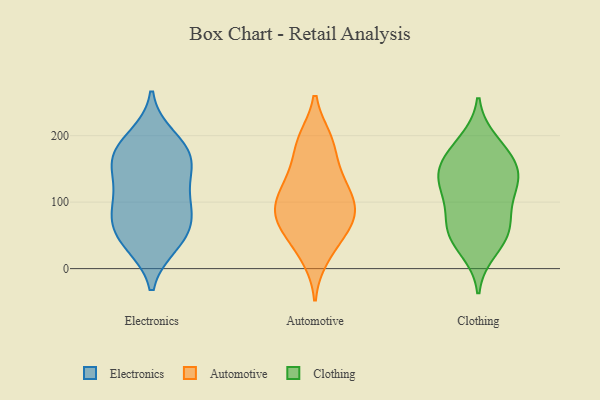
{"axis": {"x": "Humidity (%)", "y": "Value"}, "legend": ["Automotive", "Clothing", "Electronics"], "data": [{"x": "", "y": 149, "type": "Electronics"}, {"x": "", "y": 177, "type": "Electronics"}, {"x": "", "y": 179, "type": "Electronics"}, {"x": "", "y": 43, "type": "Electronics"}, {"x": "", "y": 104, "type": "Electronics"}, {"x": "", "y": 118, "type": "Electronics"}, {"x": "", "y": 37, "type": "Electronics"}, {"x": "", "y": 164, "type": "Electronics"}, {"x": "", "y": 156, "type": "Electronics"}, {"x": "", "y": 197, "type": "Electronics"}, {"x": "", "y": 71, "type": "Electronics"}, {"x": "", "y": 46, "type": "Electronics"}, {"x": "", "y": 87, "type": "Electronics"}, {"x": "", "y": 80, "type": "Electronics"}, {"x": "", "y": 192, "type": "Automotive"}, {"x": "", "y": 101, "type": "Automotive"}, {"x": "", "y": 187, "type": "Automotive"}, {"x": "", "y": 80, "type": "Automotive"}, {"x": "", "y": 140, "type": "Automotive"}, {"x": "", "y": 18, "type": "Automotive"}, {"x": "", "y": 88, "type": "Automotive"}, {"x": "", "y": 141, "type": "Automotive"}, {"x": "", "y": 90, "type": "Automotive"}, {"x": "", "y": 32, "type": "Automotive"}, {"x": "", "y": 194, "type": "Automotive"}, {"x": "", "y": 126, "type": "Automotive"}, {"x": "", "y": 109, "type": "Automotive"}, {"x": "", "y": 59, "type": "Automotive"}, {"x": "", "y": 64, "type": "Automotive"}, {"x": "", "y": 71, "type": "Automotive"}, {"x": "", "y": 52, "type": "Clothing"}, {"x": "", "y": 179, "type": "Clothing"}, {"x": "", "y": 99, "type": "Clothing"}, {"x": "", "y": 164, "type": "Clothing"}, {"x": "", "y": 75, "type": "Clothing"}, {"x": "", "y": 130, "type": "Clothing"}, {"x": "", "y": 28, "type": "Clothing"}, {"x": "", "y": 135, "type": "Clothing"}, {"x": "", "y": 142, "type": "Clothing"}, {"x": "", "y": 55, "type": "Clothing"}, {"x": "", "y": 118, "type": "Clothing"}, {"x": "", "y": 55, "type": "Clothing"}, {"x": "", "y": 151, "type": "Clothing"}, {"x": "", "y": 191, "type": "Clothing"}]}